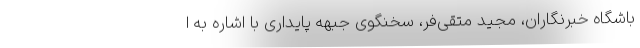
باشگاه خبرنگاران، مجید متقی‌فر، سخنگوی جبهه پایداری با اشاره به ا